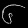
Digit: ၆